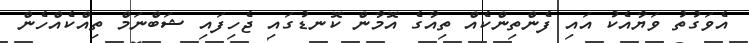
އެވަގުތު ވަޔާއެކު އައި ފެންތިންކެއް ތިއާގެ އޮމާން ކޮނޑުގައި ޖެހިފައި ޝަބްނަމް ތިއްކެއްހެން